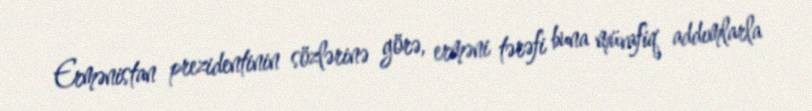
Ermənistan prezidentinin sözlərinə görə, erməni tərəfi buna müvafiq addımlarla